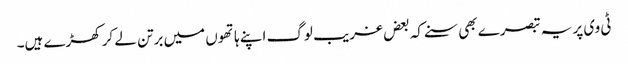
ٹی وی پر یہ تبصرے بھی سنے کہ بعض غریب لوگ اپنے ہاتھوں میں برتن لے کر کھڑے ہیں۔